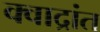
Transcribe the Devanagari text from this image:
क्वाद्रांत